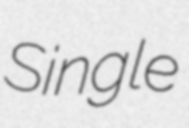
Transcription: Single